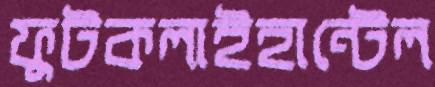
ফুটকলাইহান্টেল